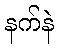
နက်နဲ